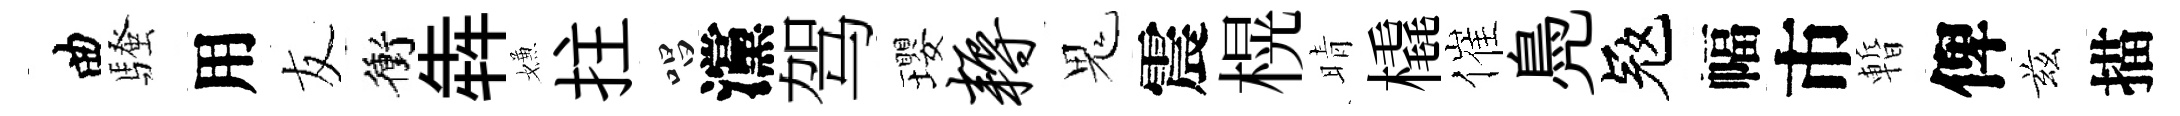
曲騷用友衝犇嫌拄唱灙驾瓔耨鬼震榥晴橇催鳧冦幅市暫俾兹描